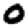
Digit: 0